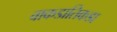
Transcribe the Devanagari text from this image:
वाकडातिकडा